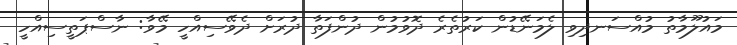
މައުލޫމާތު މުއްސަނދިވި ލެމަނޭޑުން ކަރުތެރެ ދޮވުމުން ދުންފަތާ ދުރަށް ދެވޭސިއްހީ މޭވާ: ނާސްޕަތީސިއްހީ